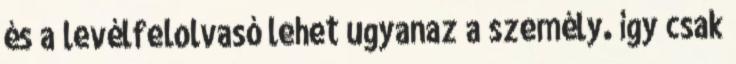
és a levélfelolvasó lehet ugyanaz a személy. így csak